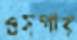
ওসপার